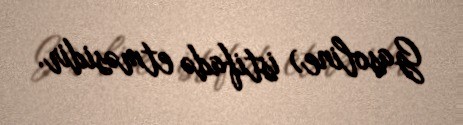
Gasoline) istifadə etməsidir.